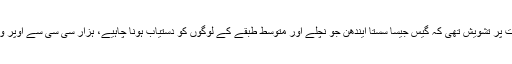
بیان کے مطابق نگراں وزیر اعظم کو اس بات پر تشویش تھی کہ گیس جیسا سستا ایندھن جو نچلے اور متوسط طبقے کے لوگوں کو دستیاب ہونا چاہیے، ہزار سی سی سے اوپر والی گاڑیوں میں بےدریغ استعمال ہو رہا ہے۔